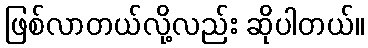
ဖြစ်လာတယ်လို့လည်း ဆိုပါတယ်။